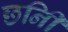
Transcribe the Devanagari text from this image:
छनिी